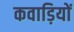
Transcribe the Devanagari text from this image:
कवाड़ियों